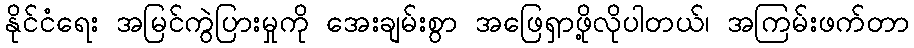
နိုင်ငံရေး အမြင်ကွဲပြားမှုကို အေးချမ်းစွာ အဖြေရှာဖို့လိုပါတယ်၊ အကြမ်းဖက်တာ